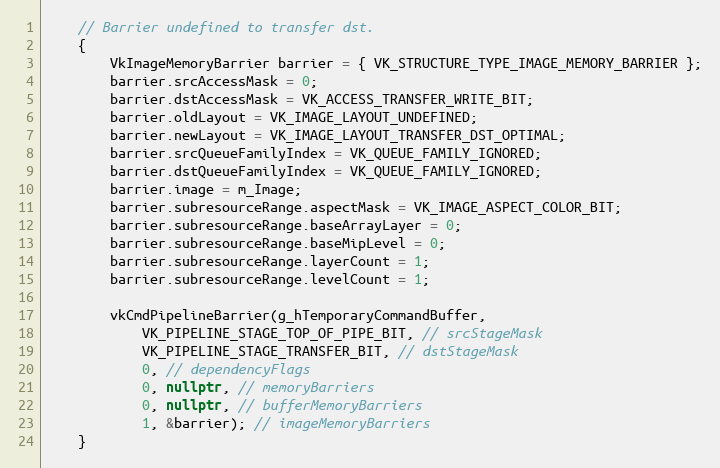
Language: C++
    // Barrier undefined to transfer dst.
    {
        VkImageMemoryBarrier barrier = { VK_STRUCTURE_TYPE_IMAGE_MEMORY_BARRIER };
        barrier.srcAccessMask = 0;
        barrier.dstAccessMask = VK_ACCESS_TRANSFER_WRITE_BIT;
        barrier.oldLayout = VK_IMAGE_LAYOUT_UNDEFINED;
        barrier.newLayout = VK_IMAGE_LAYOUT_TRANSFER_DST_OPTIMAL;
        barrier.srcQueueFamilyIndex = VK_QUEUE_FAMILY_IGNORED;
        barrier.dstQueueFamilyIndex = VK_QUEUE_FAMILY_IGNORED;
        barrier.image = m_Image;
        barrier.subresourceRange.aspectMask = VK_IMAGE_ASPECT_COLOR_BIT;
        barrier.subresourceRange.baseArrayLayer = 0;
        barrier.subresourceRange.baseMipLevel = 0;
        barrier.subresourceRange.layerCount = 1;
        barrier.subresourceRange.levelCount = 1;

        vkCmdPipelineBarrier(g_hTemporaryCommandBuffer,
            VK_PIPELINE_STAGE_TOP_OF_PIPE_BIT, // srcStageMask
            VK_PIPELINE_STAGE_TRANSFER_BIT, // dstStageMask
            0, // dependencyFlags
            0, nullptr, // memoryBarriers
            0, nullptr, // bufferMemoryBarriers
            1, &barrier); // imageMemoryBarriers
    }